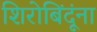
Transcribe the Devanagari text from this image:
शिरोबिंदूंना